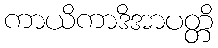
ကာယိကာဒိအာပတ္တိ